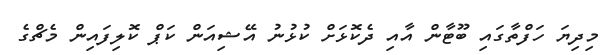
މިދިޔަ ހަފްތާގައި ބޫޓާން އާއި ދެކޮޅަށް ކުޅުނު އޭޝިއަން ކަޕް ކޮލިފައިން މެޗްގެ